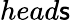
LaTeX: head\mathsf{s}